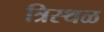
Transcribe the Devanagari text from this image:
त्रिस्थळ